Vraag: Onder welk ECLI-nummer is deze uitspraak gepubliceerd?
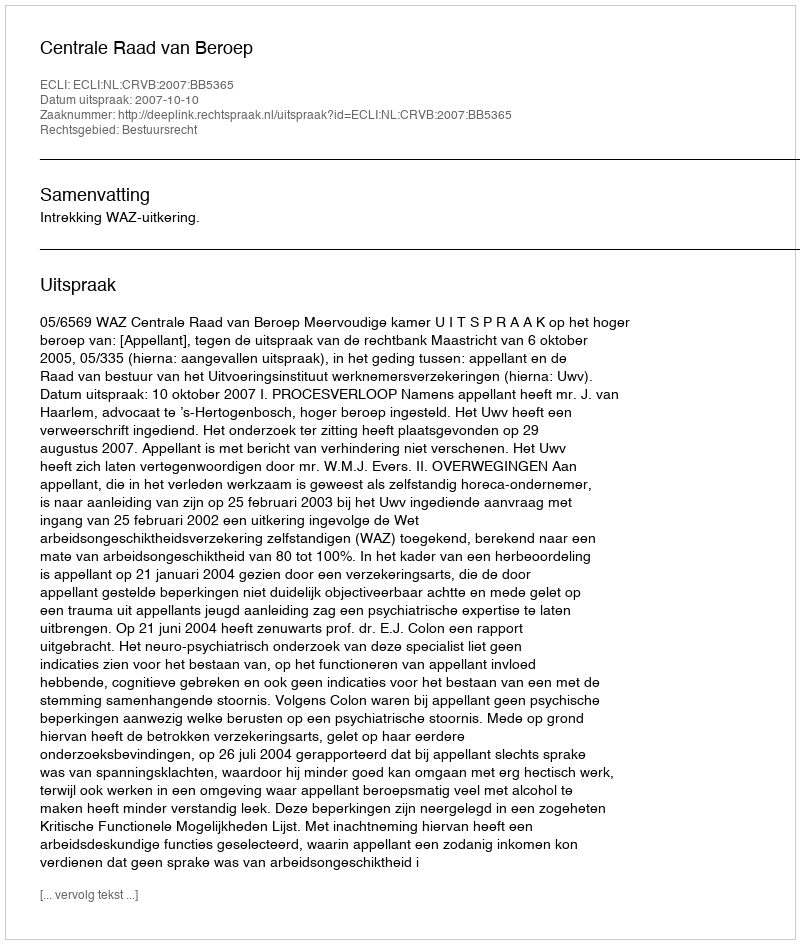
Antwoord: ECLI:NL:CRVB:2007:BB5365